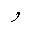
Letter: _waw